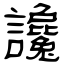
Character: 讒